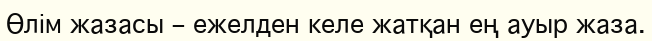
Өлім жазасы – ежелден келе жатқан ең ауыр жаза.